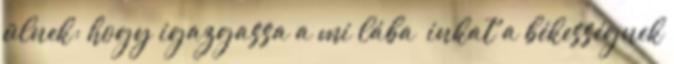
ülnek; hogy igazgassa a mi lába− inkat a békességnek